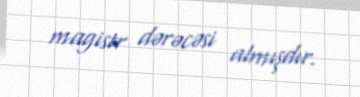
magistr dərəcəsi almışdır.